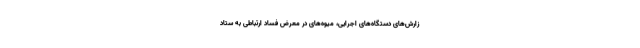
زارش‌های دستگاه‌های اجرایی، میوه‌های در معرض فساد ارتباطی به ستاد